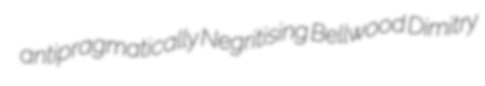
antipragmatically Negritising Bellwood Dimitry